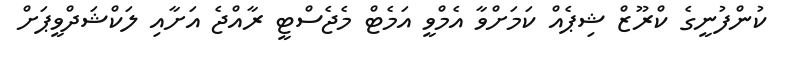
ކުންފުނީގެ ކްރޫޒް ޝިޕެއް ކަމަށްވާ އެމްވީ އަމެޓް މެޖެސްޓީ ރާއްޖެ އަށާއި ލަކްޝަދްވީޕަށް